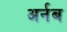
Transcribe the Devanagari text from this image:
अर्नब